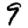
Digit: 9